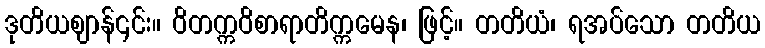
ဒုတိယဈာန်၎င်း။ ဝိတက္ကဝိစာရာတိက္ကမေန၊ ဖြင့်။ တတိယံ၊ ရအပ်သော တတိယ